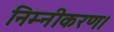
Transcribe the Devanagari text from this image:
निम्नीकरण।